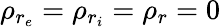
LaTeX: \rho_{r_{e}}=\rho_{r_{i}}=\rho_{r}=0